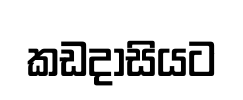
කඩදාසියට